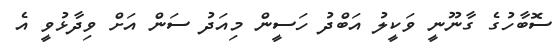
ސޮބާހުގެ ގާނޫނީ ވަކީލު އަބްދު ހަސީން މިއަދު ސަން އަށް ވިދާޅުވީ އެ